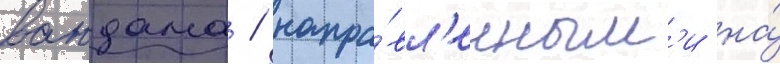
вандама / напра́вл'енным'и на́